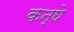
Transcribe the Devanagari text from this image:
कन्घे